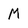
Character: M